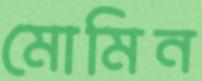
মোমিন